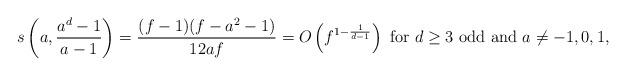
LaTeX: \begin{align*}s\left (a,\frac{a^d-1}{a-1}\right )=\frac{(f-1)(f-a^2-1)}{12af}=O\left (f^{1-\frac{1}{d-1}}\right )\hbox{ for $d\geq 3$ odd and $a\neq -1,0,1$,}\end{align*}